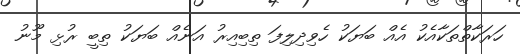
ހަރަކާތްތަކާއެކު އެއް ބަޔަކު ހެވިދިލިފަ ތިބިއިރު އަނެއް ބަޔަކު ތިބީ ރުޅި މޫނު